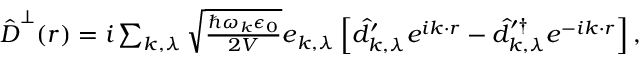
\begin{array} { r } { \hat { \boldsymbol D } ^ { \perp } ( \boldsymbol r ) = i \sum _ { \boldsymbol k , \lambda } \sqrt { \frac { \hbar \omega _ { \boldsymbol k } \epsilon _ { 0 } } { 2 V } } \boldsymbol e _ { k , \lambda } \left[ \hat { d } _ { \boldsymbol k , \lambda } ^ { \prime } e ^ { i \boldsymbol k \cdot \boldsymbol r } - \hat { d } _ { \boldsymbol k , \lambda } ^ { \prime \dagger } e ^ { - i \boldsymbol k \cdot \boldsymbol r } \right] , } \end{array}